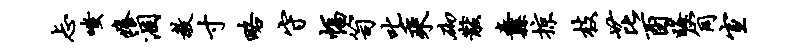
忐嗤痒涸教寸略守幅笥叱乘砌黻纛掠枝芘酉晦筒宣